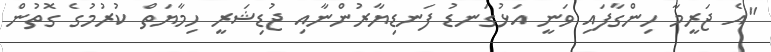
"އެ ޖަރީމާ ހިންގާފައި ވަނީ އަޅުގަނޑު ފަނޑިޔާރުންނާއި ޖުޑިޝަރީ ހިމާޔަތް ކުރުމުގެ ގޮތުން